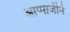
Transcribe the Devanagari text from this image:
आप्पाजीने